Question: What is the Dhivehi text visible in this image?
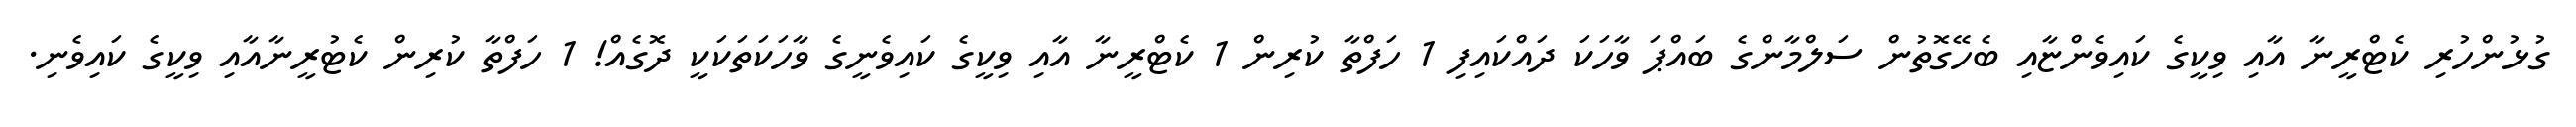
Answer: ގުޅުންހުރި ކެޓްރީނާ އާއި ވިކީގެ ކައިވެންޏާއި ބެހޭގޮތުން ސަލްމާންގެ ބައްޕަ ވާހަކަ ދައްކައިފި 1 ހަފްތާ ކުރިން 1 ކެޓްރީނާ އާއި ވިކީގެ ކައިވެނީގެ ވާހަކަތަކަކީ ދޮގެއް! 1 ހަފްތާ ކުރިން ކެޓުރީނާއާއި ވިކީގެ ކައިވެނި.